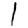
Digit: 1